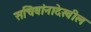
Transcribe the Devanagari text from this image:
सचिवांनादेखील